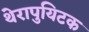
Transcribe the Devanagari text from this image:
थेरापुयिटक